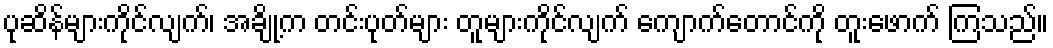
ပုဆိန်များကိုင်လျက်၊ အချို့က တင်းပုတ်များ တူများကိုင်လျက် ကျောက်တောင်ကို တူးဖောက် ကြသည်။